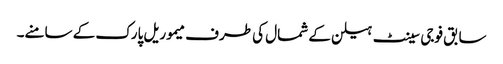
سابق فوجی سینٹ ہیلن کے شمال کی طرف میموریل پارک کے سامنے۔